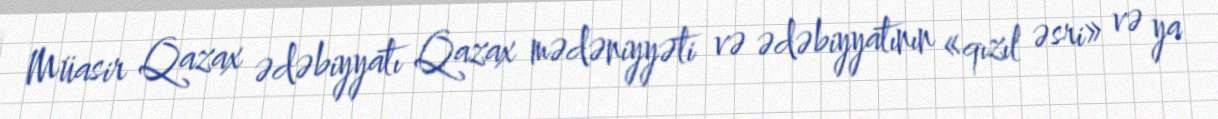
Müasir Qazax ədəbiyyatı Qazax mədəniyyəti və ədəbiyyatının «qızıl əsri» və ya